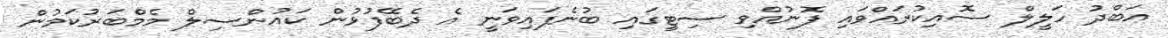
އަބްދު ހަލީލް ސޮއިކުރައްވައި ފޮނުއްވި ސިޓީގައި ބުނެފައިވަނީ އެ ދެބޭފުޅުން ކައުންސިލް މެމްބަރުކަމުން